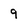
Character: 9